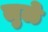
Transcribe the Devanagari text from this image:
लुळे